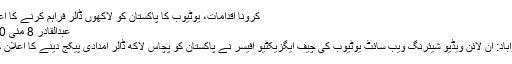
کرونا اقدامات، یوٹیوب کا پاکستان کو لاکھوں ڈالر فراہم کرنے کا اعلان -
عبدالقادر 8 مئی 2020
اسلام آباد: آن لائن ویڈیو شیئرنگ ویب سائٹ یوٹیوب کی چیف ایگزیکٹیو آفیسر نے پاکستان کو پچاس لاکھ ڈالر امدادی پیکج دینے کا اعلان کردیا۔